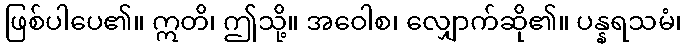
ဖြစ်ပါပေ၏။ ဣတိ၊ ဤသို့။ အဝေါစ၊ လျှောက်ဆို၏။ ပန္နရသမံ၊